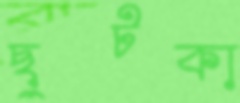
ছুটকা